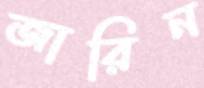
জারিন